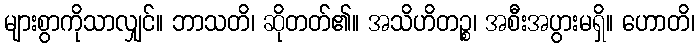
များစွာကိုသာလျှင်။ ဘာသတိ၊ ဆိုတတ်၏။ အသိဟိတဉ္စ၊ အစီးအပွားမရှိ။ ဟောတိ၊